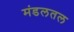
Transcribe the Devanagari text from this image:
मंडलतल